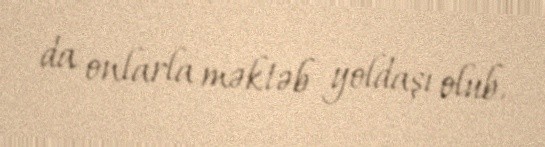
da onlarla məktəb yoldaşı olub.